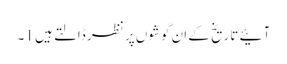
آئیے تاریخ کے ان گوشوں پر نظر ڈالتے ہیں 1۔